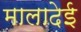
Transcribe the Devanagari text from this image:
मालादेई